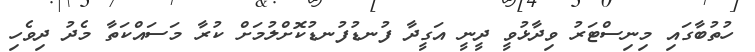
ހުތުބާގައި މިނިސްޓަރު ވިދާޅުވީ ދީނީ އަގީދާ ފުނޑުފުނޑުކޮށްލުމަށް ކުރާ މަސައްކަތާ މެދު ދިވެހި